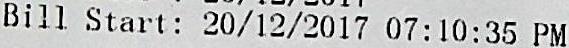
BILL START: 20/12/2017 07:10:35 PM